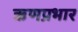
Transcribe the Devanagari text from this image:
ऋणप्रभार